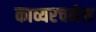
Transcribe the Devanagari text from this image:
काव्यरचनेस